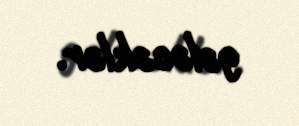
gələcəklər.